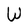
Character: W